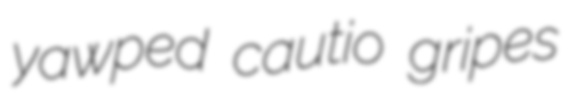
yawped cautio gripes